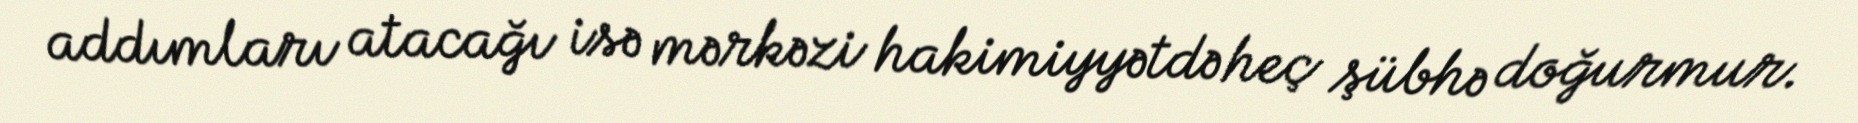
addımları atacağı isə mərkəzi hakimiyyətdə heç şübhə doğurmur.